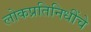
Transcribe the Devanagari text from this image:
लोकप्रतिनिधींचे